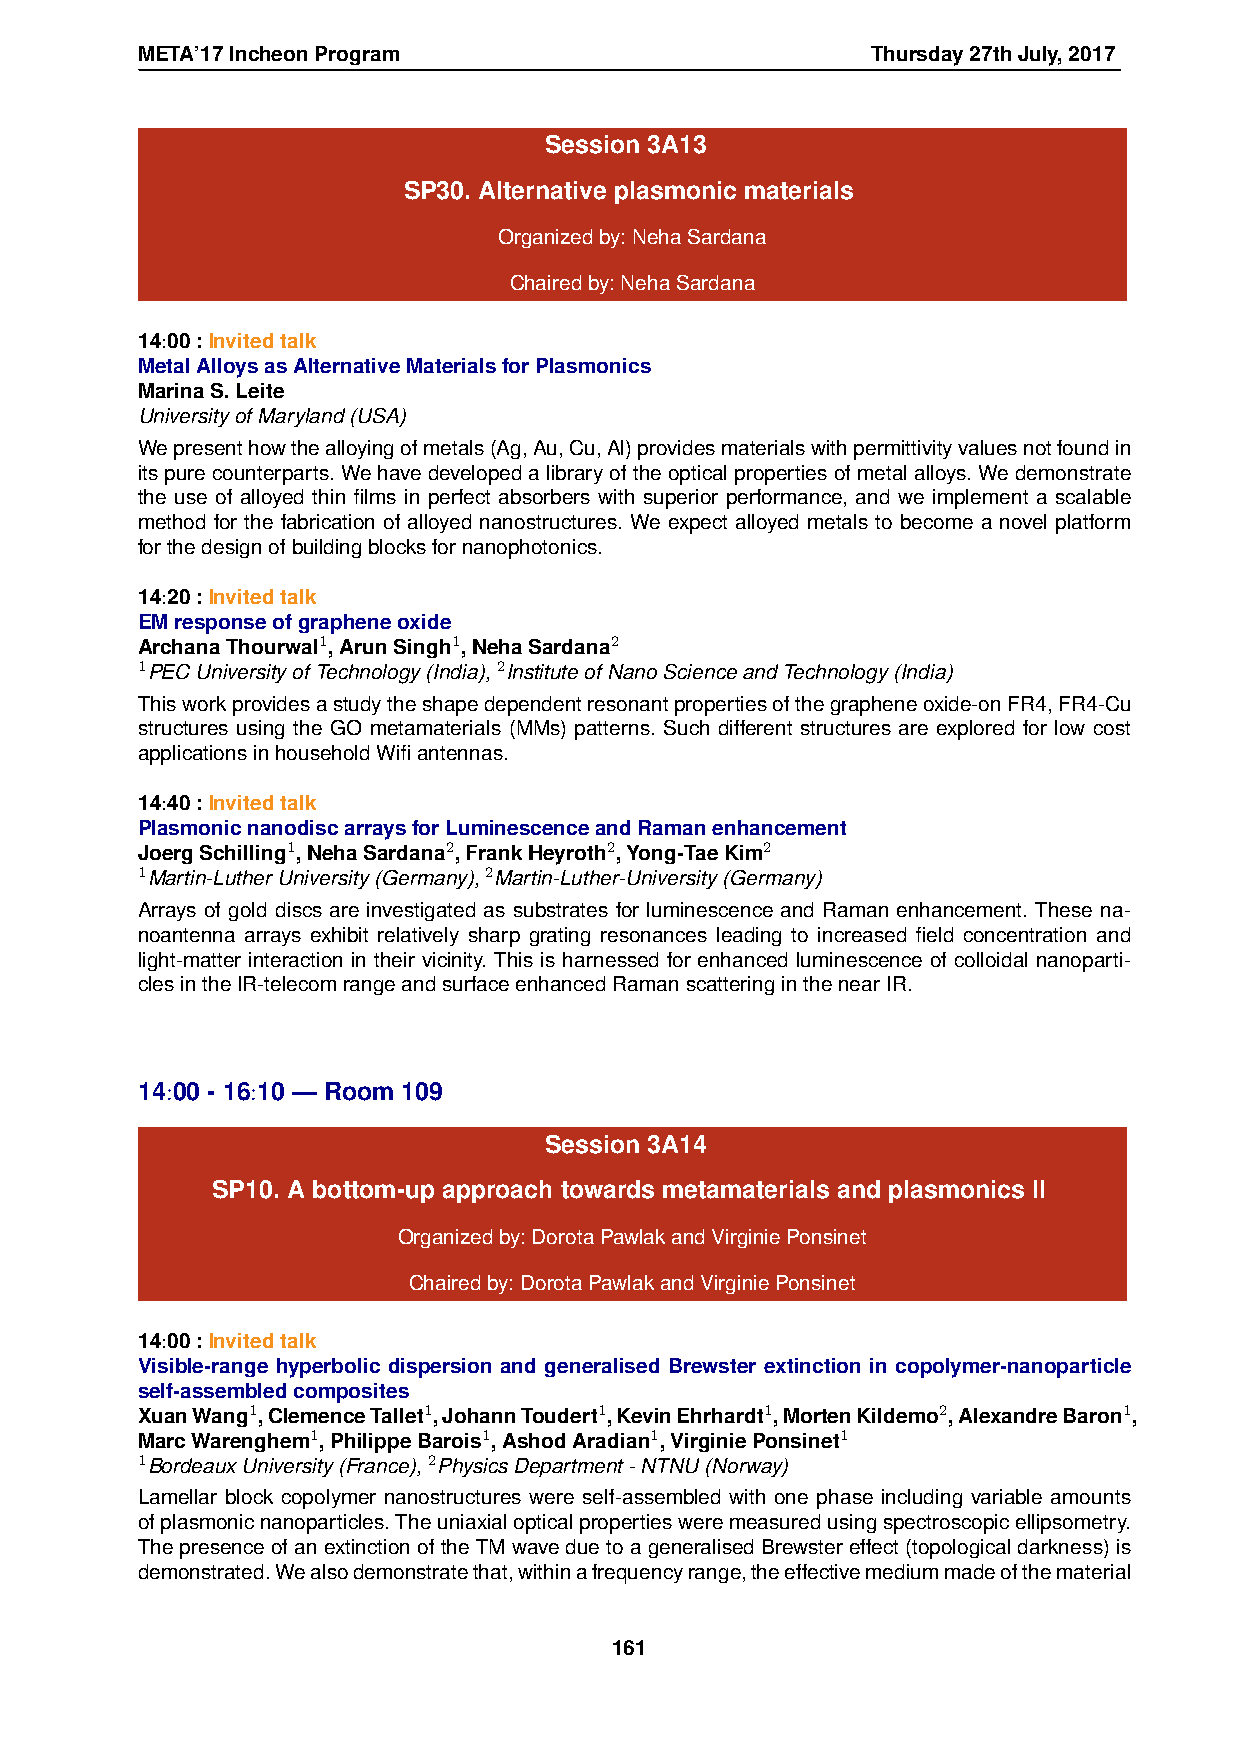
META’17IncheonProgram                            Thursday27thJuly,2017
 Session 3A13
 SP30. Alternative plasmonic materials
 Organizedby:NehaSardana
 Chairedby:NehaSardana
 14:00:Invitedtalk
 MetalAlloysasAlternativeMaterialsforPlasmonics
 MarinaS.Leite
 UniversityofMaryland(USA)
 Wepresenthowthealloyingofmetals(Ag,Au,Cu,Al)providesmaterialswithpermittivityvaluesnotfoundin
 itspurecounterparts.Wehavedevelopedalibraryoftheopticalpropertiesofmetalalloys.Wedemonstrate
 the use of alloyed thin films in perfect absorbers with superior performance, and we implement a scalable
 method for the fabrication of alloyed nanostructures. We expect alloyed metals to become a novel platform
 forthedesignofbuildingblocksfornanophotonics.
 14:20:Invitedtalk
 EMresponseofgrapheneoxide
 ArchanaThourwal1,ArunSingh1,NehaSardana2
 1PECUniversityofTechnology(India),2InstituteofNanoScienceandTechnology(India)
 Thisworkprovidesastudytheshapedependentresonantpropertiesofthegrapheneoxide-onFR4,FR4-Cu
 structures using the GO metamaterials (MMs) patterns. Such different structures are explored for low cost
 applicationsinhouseholdWifiantennas.
 14:40:Invitedtalk
 PlasmonicnanodiscarraysforLuminescenceandRamanenhancement
 JoergSchilling1,NehaSardana2,FrankHeyroth2,Yong-TaeKim2
 1Martin-LutherUniversity(Germany),2Martin-Luther-University(Germany)
 Arrays of gold discs are investigated as substrates for luminescence and Raman enhancement. These na-
 noantenna arrays exhibit relatively sharp grating resonances leading to increased field concentration and
 light-matter interaction in their vicinity. This is harnessed for enhanced luminescence of colloidal nanoparti-
 clesintheIR-telecomrangeandsurfaceenhancedRamanscatteringinthenearIR.
 14:00 - 16:10 — Room 109
 Session 3A14
 SP10. A bottom-up approach towards metamaterials and plasmonics II
 Organizedby:DorotaPawlakandVirginiePonsinet
 Chairedby:DorotaPawlakandVirginiePonsinet
 14:00:Invitedtalk
 Visible-range hyperbolic dispersion and generalised Brewster extinction in copolymer-nanoparticle
 self-assembledcomposites
 XuanWang1,ClemenceTallet1,JohannToudert1,KevinEhrhardt1,MortenKildemo2,AlexandreBaron1,
 MarcWarenghem1,PhilippeBarois1,AshodAradian1,VirginiePonsinet1
 1BordeauxUniversity(France),2PhysicsDepartment-NTNU(Norway)
 Lamellar block copolymer nanostructures were self-assembled with one phase including variable amounts
 ofplasmonicnanoparticles.Theuniaxialopticalpropertiesweremeasuredusingspectroscopicellipsometry.
 ThepresenceofanextinctionoftheTMwaveduetoageneralisedBrewstereffect(topologicaldarkness)is
 demonstrated.Wealsodemonstratethat,withinafrequencyrange,theeffectivemediummadeofthematerial
 161